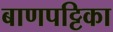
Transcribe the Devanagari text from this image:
बाणपट्टिका